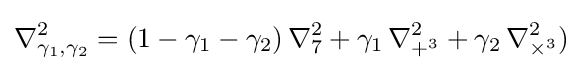
\nabla _{\gamma _{1},\gamma _{2}}^{2}=(1-\gamma _{1}-\gamma _{2})\,\nabla _{7}^{2}+\gamma _{1}\,\nabla _{+^{3}}^{2}+\gamma _{2}\,\nabla _{\times ^{3}}^{2})